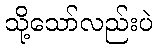
သို့သော်လည်းပဲ